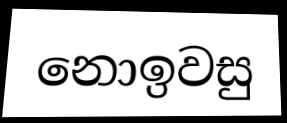
නොඉවසු